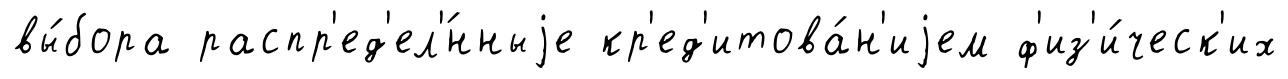
вы́бора распр'ед'ел'́нныjе кр'ед'итова́н'иjем ф'из'и́ческ'их